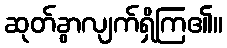
ဆုတ်ခွာလျက်ရှိကြ၏။